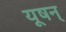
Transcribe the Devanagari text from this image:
यूषन्